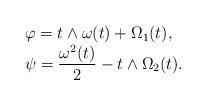
\begin{align*}\begin{array}{ll}\varphi = t \wedge \omega(t) + \Omega_1(t), \\\psi= \dfrac{\omega^2(t)}{2} - t \wedge \Omega_2 (t).\end{array}\end{align*}